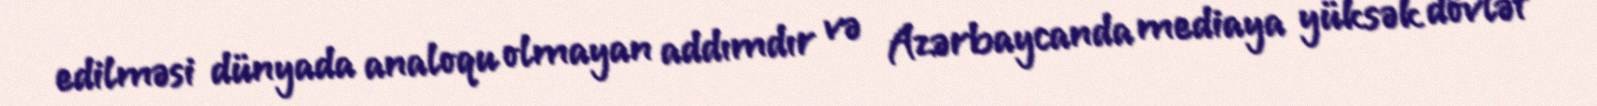
edilməsi dünyada analoqu olmayan addımdır və Azərbaycanda mediaya yüksək dövlət